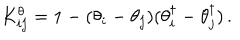
LaTeX: K _ { i j } ^ { \theta } = 1 - ( \theta _ { i } - \theta _ { j } ) ( \theta _ { i } ^ { \dagger } - \theta _ { j } ^ { \dagger } ) \, .